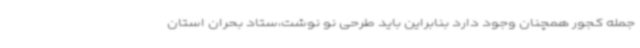
جمله کجور همچنان وجود دارد بنابراین باید طرحی نو نوشت،ستاد بحران استان